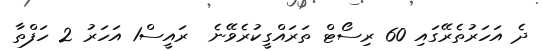
ދެ އަހަރުތެރޭގައި 60 ރިސޯޓް ތަރައްގީކުރެވޭނެ  ރައީސް1 އަހަރު 2 ހަފްތާ